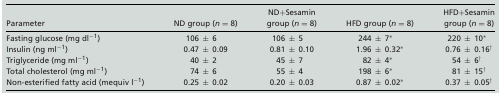
<table><thead><tr><td><b>Parameter</b></td><td><b>ND group (<i>n</i> = 8)</b></td><td><b>ND+Sesamin group (<i>n</i> = 8)</b></td><td><b>HFD group (<i>n</i> = 8)</b></td><td><b>HFD+Sesamin group (<i>n</i> = 8)</b></td></tr></thead><tbody><tr><td>Fasting glucose (mg dl<sup>−1</sup>)</td><td>106 ± 6</td><td>106 ± 5</td><td>244 ± 7*</td><td>220 ± 10*</td></tr><tr><td>Insulin (ng ml<sup>−1</sup>)</td><td>0.47 ± 0.09</td><td>0.81 ± 0.10</td><td>1.96 ± 0.32*</td><td>0.76 ± 0.16†</td></tr><tr><td>Triglyceride (mg ml<sup>−1</sup>)</td><td>40 ± 2</td><td>45 ± 7</td><td>82 ± 4*</td><td>54 ± 6†</td></tr><tr><td>Total cholesterol (mg ml<sup>−1</sup>)</td><td>74 ± 6</td><td>55 ± 4</td><td>198 ± 6*</td><td>81 ± 15†</td></tr><tr><td>Non‐esterified fatty acid (mequiv l<sup>−1</sup>)</td><td>0.25 ± 0.02</td><td>0.20 ± 0.03</td><td>0.87 ± 0.02*</td><td>0.37 ± 0.05†</td></tr></tbody></table>